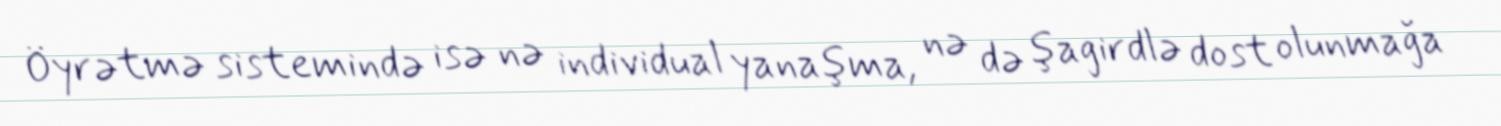
Öyrətmə sistemində isə nə individual yanaşma, nə də şagirdlə dost olunmağa